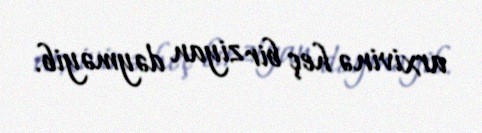
arxivinə heç bir ziyan dəyməyib.